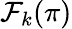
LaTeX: {\mathcal{F}}_{k}(\pi)